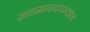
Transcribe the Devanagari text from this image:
मनमाडदरम्यान